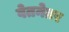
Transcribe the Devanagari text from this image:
वेतनेतर